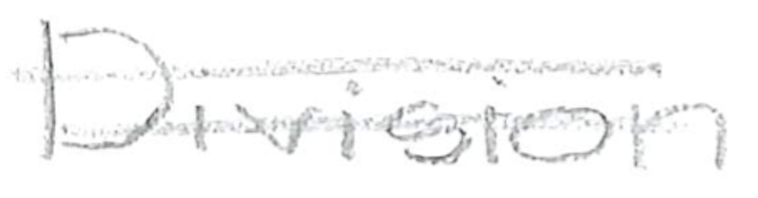
Text: Division
Cross-out: double-line
Writing tool: pencil